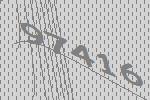
97416